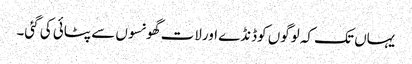
یہاں تک کہ لوگوں کوڈنڈے اورلات گھونسوں سے پٹائی کی گئی۔